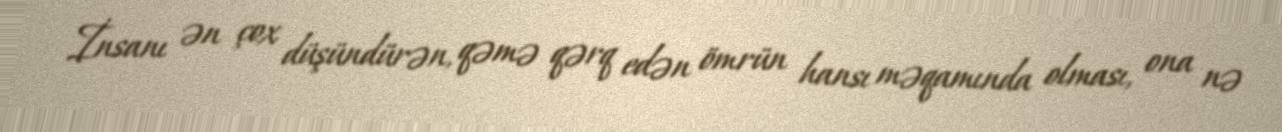
İnsanı ən çox düşündürən, qəmə qərq edən ömrün hansı məqamında olması, ona nə